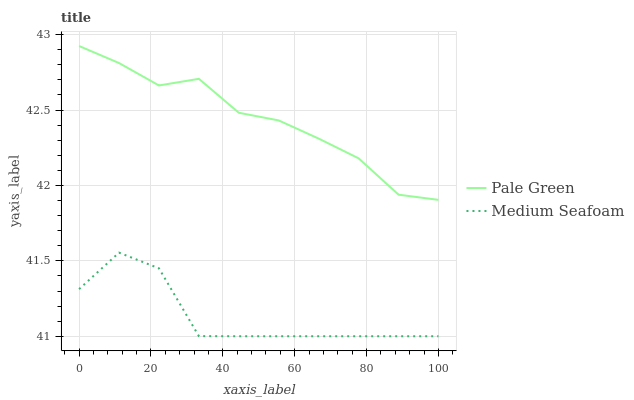
| xaxis_label | Pale Green | Medium Seafoam |
 | --- | --- | --- |
 | 0 | 42.9 | 41.3 |
 | 11.1 | 42.8 | 41.6 |
 | 22.2 | 42.7 | 41.5 |
 | 33.3 | 42.7 | 41 |
 | 44.4 | 42.5 | 41 |
 | 55.6 | 42.4 | 41 |
 | 66.7 | 42.3 | 41 |
 | 77.8 | 42.2 | 41 |
 | 88.9 | 41.9 | 41 |
 | 100 | 41.9 | 41 |